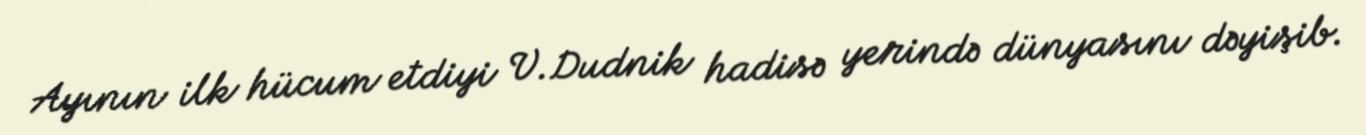
Ayının ilk hücum etdiyi V.Dudnik hadisə yerində dünyasını dəyişib.